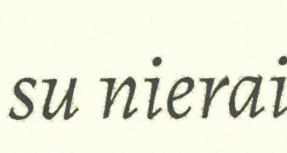
su nierai